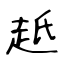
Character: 赿